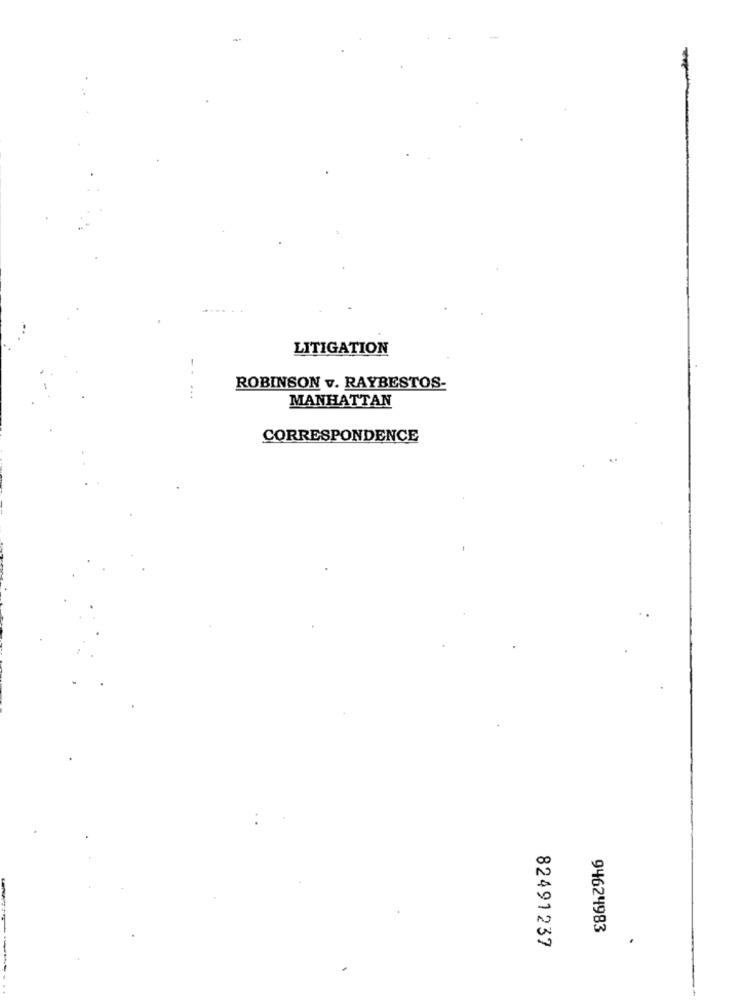
..
LITIGATION
ROBINSON v. RAYBESTOS-
...
MANHATTAN
CORRESPONDENCE
94624983
82491237
.